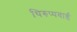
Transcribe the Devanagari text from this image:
थिरुप्पवाई